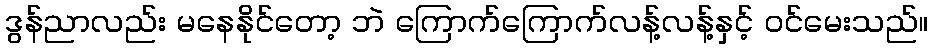
ဒွန်ညာလည်း မနေနိုင်တော့ ဘဲ ကြောက်ကြောက်လန့်လန့်နှင့် ဝင်မေးသည်။